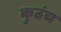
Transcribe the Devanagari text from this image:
कुठंच